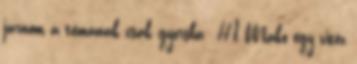
járnom a témának csak gyorsba: #1 Makó egy vitéz